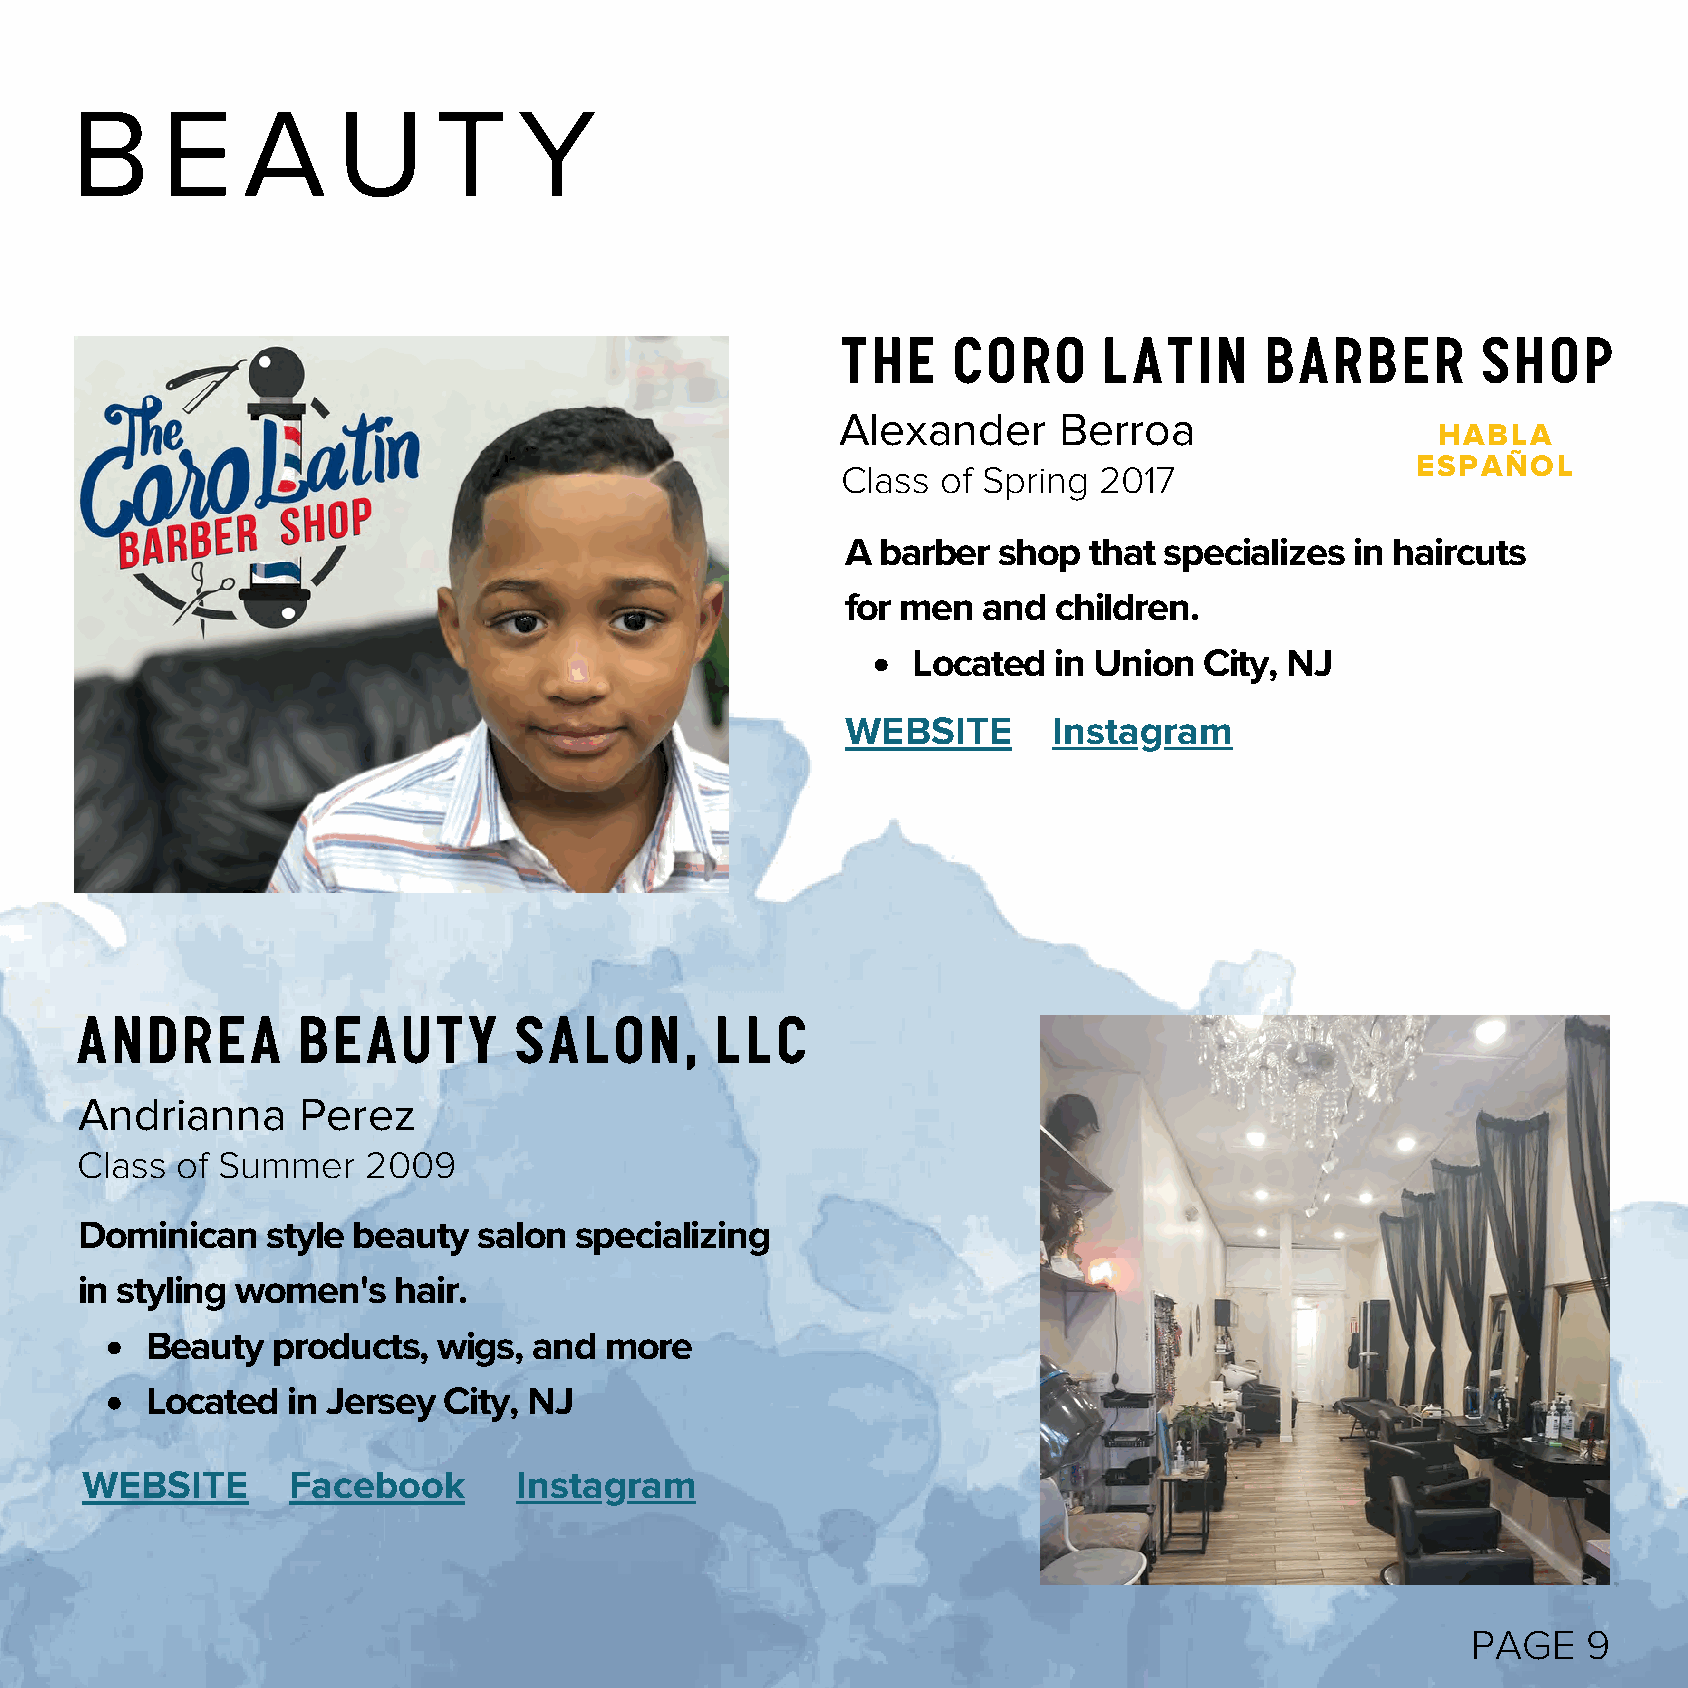
B     E    A     U      T    Y
 The    Coro      Latin      Barber        SHop
 Alexander     Berroa
 HABLA
 ESPAÑOL
 Class of Spring  2017
 A barber  shop  that specializes  in haircuts
 for men  and  children.
 Located   in Union  City, NJ
 WEBSITE       Instagram
 ANDREA         BEAUTY        SALON,       LLC
 Andrianna      Perez
 Class  of Summer   2009
 Dominican    style beauty  salon specializing
 in styling women's   hair.
 Beauty  products,  wigs, and  more
 Located  in Jersey City, NJ
 WEBSITE       Facebook       Instagram
 PAGE    9